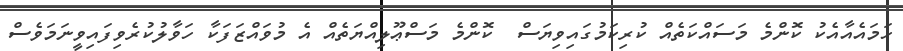
ހަމައެއާއެކު ކޮންމެ މަސައްކަތެއް ކުރިކަމުގައިވިޔަސް  ކޮންމެ މަސްޢޫލިއްޔަތެއް އެ މުވައްޒަފަކާ ހަވާލުކުރެވިފައިވީނަމަވެސް